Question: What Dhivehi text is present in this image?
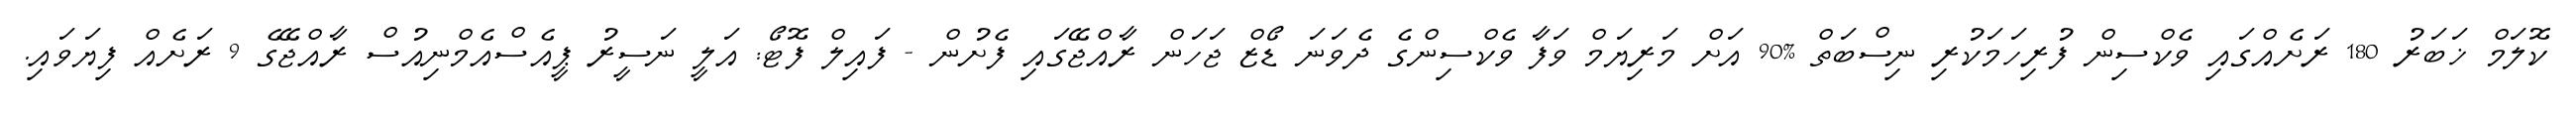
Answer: ކޮލަމް ޚަބަރު 180 ރަށެއްގައި ވެކްސިން ފުރިހަމަކުރި ނިސްބަތް %90 އަށް މަރިޔަމް ވަފާ ވެކްސިންގެ ދެވަނަ ޑޯޒް ޖަހަން ރާއްޖޭގައި ފެށުން - ފައިލް ފޮޓޯ: އަލީ ނަސީރު ޕީއެސްއެމްނިއުސް ރާއްޖޭގެ 9 ރަށެއް ފިޔަވައި.